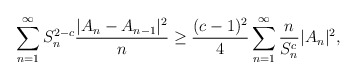
\begin{align*}{}\displaystyle \sum_{n=1}^{\infty}S_n^{2-c}\frac{|A_{n}-A_{n-1}|^{2}}{n} &\geq \frac{(c-1)^{2}}{4}\displaystyle \sum_{n=1}^{\infty}\frac{n}{S_n^{c}}|A_{n}|^{2},\end{align*}